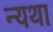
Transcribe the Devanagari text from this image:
न्यथा